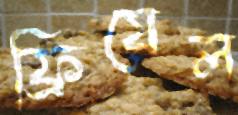
ফ্রিয়েল